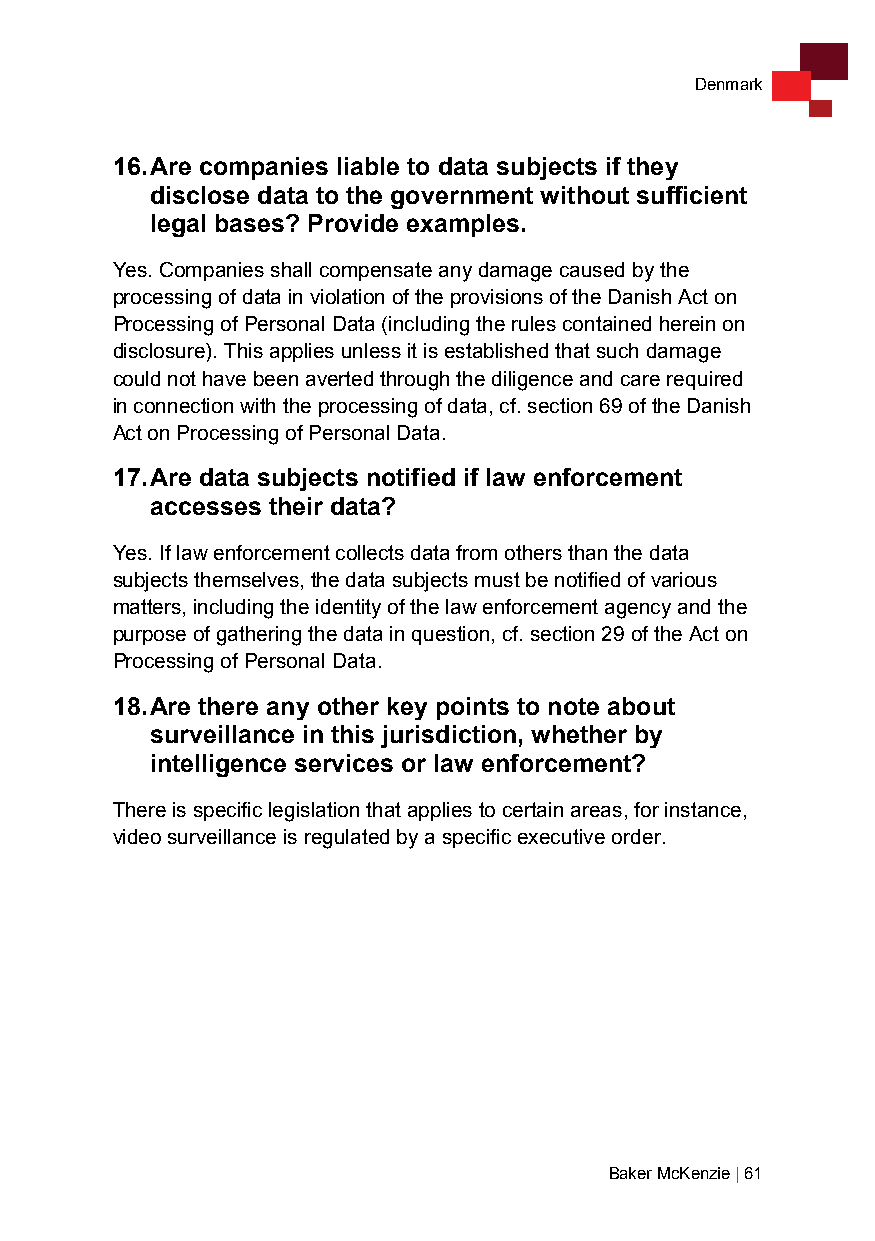
Denmark
 16. Are companies liable to data subjects if they
 disclose data to the government without sufficient
 legal bases? Provide examples.
 Yes. Companies shall compensate any damage caused by the
 processing of data in violation of the provisions of the Danish Act on
 Processing of Personal Data (including the rules contained herein on
 disclosure). This applies unless it is established that such damage
 could not have been averted through the diligence and care required
 in connection with the processing of data, cf. section 69 of the Danish
 Act on Processing of Personal Data.
 17. Are data subjects notified if law enforcement
 accesses their data?
 Yes. If law enforcement collects data from others than the data
 subjects themselves, the data subjects must be notified of various
 matters, including the identity of the law enforcement agency and the
 purpose of gathering the data in question, cf. section 29 of the Act on
 Processing of Personal Data.
 18. Are there any other key points to note about
 surveillance in this jurisdiction, whether by
 intelligence services or law enforcement?
 There is specific legislation that applies to certain areas, for instance,
 video surveillance is regulated by a specific executive order.
 Baker McKenzie | 61